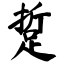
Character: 踅